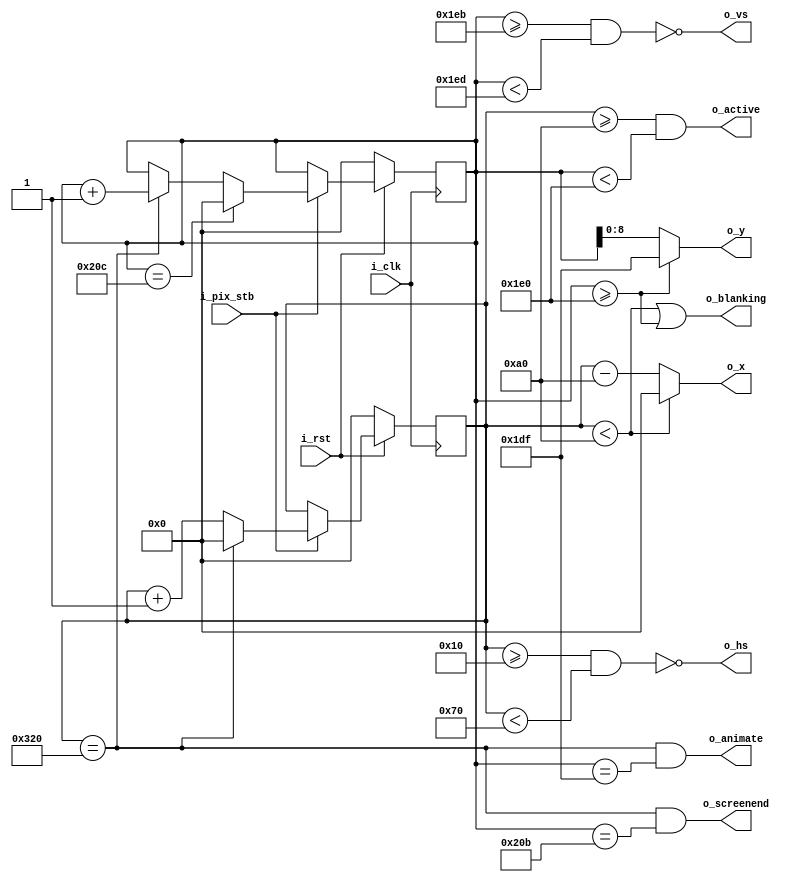
module VGA_640_480(
	input	wire	i_clk,					//base clock
	input	wire	i_pix_stb,				//pixel clock strobe
	input	wire	i_rst,					//Reset
	output	wire	o_hs,					//Horizontal sync
	output	wire	o_vs,					//Vertical sync
	output	wire	o_blanking,				//High during blanking interval
	output	wire	o_active,				//High during active pixel drawing
	output	wire	o_screenend,			//High for one tick at the end of screen
	output	wire	o_animate,				//High for one tick at the end of active drawing
	output	wire	[9:0]	o_x,			//Current pixel x position
	output	wire	[8:0]	o_y				//Current pixel y position
);

	//VGA timings
	localparam HS_STA = 16;					//Horizontal sync start
	localparam HS_END = 16 + 96;			//Horizontal sync end
	localparam HA_STA = 16 + 96 + 48;		//Horizontal active pixel start
	localparam VS_STA = 480 + 11;			//Vertical sync start
	localparam VS_END = 480 + 11 + 2;		//Vertical sync end
	localparam VA_END = 480;				//Vertical active pixel end
	localparam LINE = 800;					//Complete line (pixels)
	localparam SCREEN = 524;				//Complete screen
	
	reg [9:0]	h_count;
	reg [9:0]	v_count;
	
	//Horizontal sync signal (active low): active between horizontal front porch and back porch
	assign o_hs = ~((h_count >= HS_STA) & (h_count < HS_END));
	//Vertical sync signal (active low): active between vertical front porch and back porch
	assign o_vs = ~((v_count >= VS_STA) & (v_count < VS_END));
	
	//Keep x and y bound within the active pixels
	assign o_x = (h_count < HA_STA) ? 0 : (h_count - HA_STA);
	assign o_y = (v_count >= VA_END) ? (VA_END - 1) : (v_count);
	
	//Blanking: high within the blanking period
	assign o_blanking = ((h_count < HA_STA) | (v_count >= VA_END));
	
	//Active: high during active pixel drawing
	assign o_active = (h_count >= HA_STA) & (v_count < VA_END);
	
	//screen end: high for one tick at the end of screen
	assign o_screenend = (h_count == LINE) & (v_count == SCREEN - 1);
	
	//animate: high for one tick at the end of active drawing
	assign o_animate = (h_count == LINE) & (v_count == VA_END - 1);
	
	always @ (posedge i_clk) begin
		if (0 == i_rst) begin
			h_count <= 0;
			v_count <= 0;
		end
		else if (i_pix_stb)	begin	//Once per pixel
			if (h_count == LINE) begin
				h_count <= 0;
				v_count <= v_count + 1;
			end
			else
				h_count <= h_count + 1;
				
			if (v_count == SCREEN)
				v_count <= 0;
		end
	end
endmodule